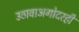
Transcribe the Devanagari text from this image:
उठावाअगोदरही